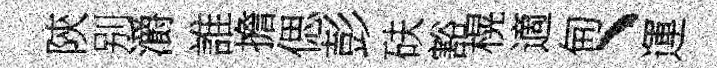
陝别灂誰擔偲彭砆豁榥適甸、運